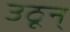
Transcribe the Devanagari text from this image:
उठून्